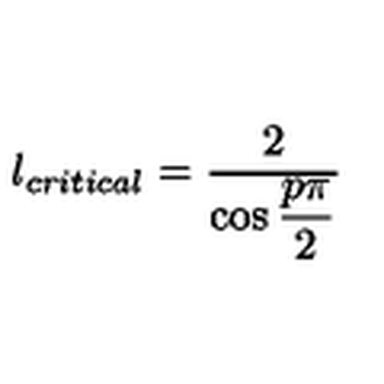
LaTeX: l _ { c r i t i c a l } = \displaystyle \frac { 2 } { \cos \displaystyle \frac { p \pi } { 2 } }